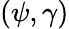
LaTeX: (\psi,\gamma)